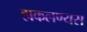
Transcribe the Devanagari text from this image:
हाकलण्यस